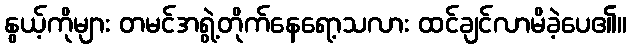
နွယ့်ကိုများ တမင်အရွဲ့တိုက်နေရော့သလား ထင်ချင်လာမိခဲ့ပေ၏။